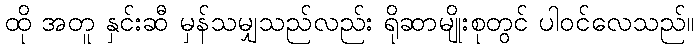
ထို အတူ နှင်းဆီ မှန်သမျှသည်လည်း ရိုဆာမျိုးစုတွင် ပါဝင်လေသည်။